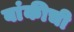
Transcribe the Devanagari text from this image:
बांकीची